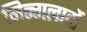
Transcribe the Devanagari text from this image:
मिन्गलादों